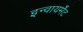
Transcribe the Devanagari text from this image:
इन्वायर्मेंट